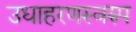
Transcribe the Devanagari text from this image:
उधाहरणस्वरुप